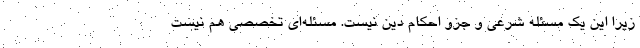
زیرا این یک مسئله شرعی و جزو احکام دین نیست. مسئله‌ای تخصصی هم نیست